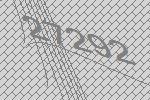
27292